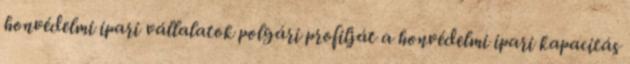
honvédelmi ipari vállalatok polgári profilját a honvédelmi ipari kapacitás